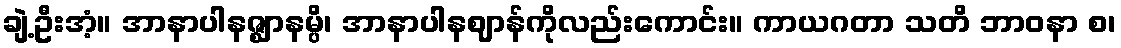
ချဲ့ဦးအံ့။ အာနာပါနဇ္ဈာနမ္ပိ၊ အာနာပါနဈာန်ကိုလည်းကောင်း။ ကာယဂတာ သတိ ဘာဝနာ စ၊